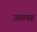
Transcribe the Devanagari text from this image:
उपानह